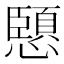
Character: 𭟏